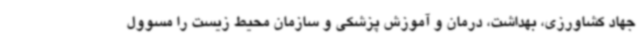
جهاد کشاورزی، بهداشت، درمان و آموزش پزشکی و سازمان محیط زیست را مسوول